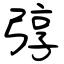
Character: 弴